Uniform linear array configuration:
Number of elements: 48
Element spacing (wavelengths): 1
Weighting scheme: kaiser
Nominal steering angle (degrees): -30
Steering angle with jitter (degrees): -28.677
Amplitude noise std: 0.05
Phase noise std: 0.05

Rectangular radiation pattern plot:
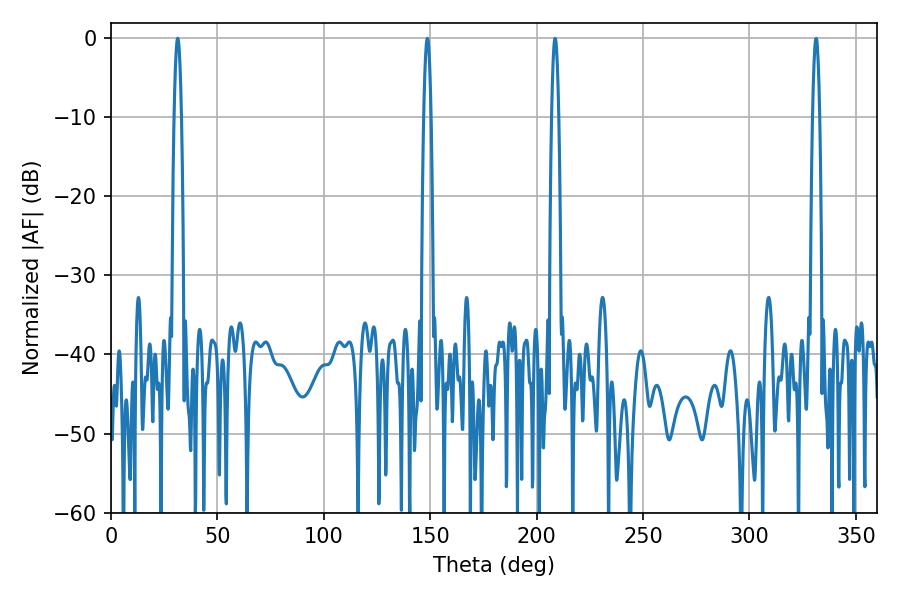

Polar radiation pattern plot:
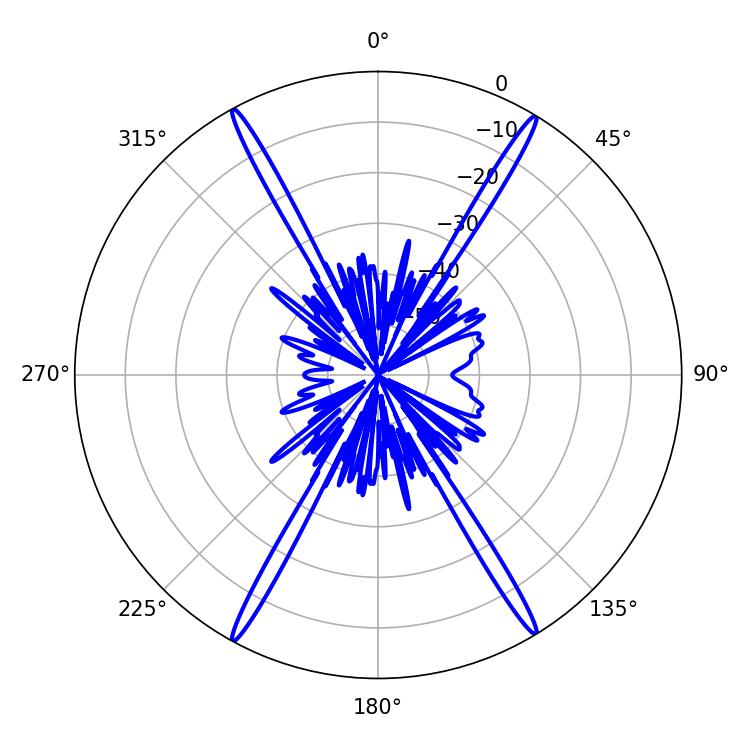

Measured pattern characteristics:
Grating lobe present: TRUE
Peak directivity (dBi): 27.097
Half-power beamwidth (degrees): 1.8
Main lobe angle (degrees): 31.32